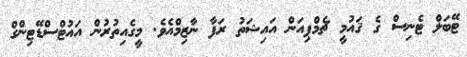
ޓޭބަލް ޓެނިސް ގެ ޤައުމީ ޗެމްޕިއަން އައިޝަތު ރަފާ ނާޒިމްއެވެ. މީގެއިތުރުން އައުޓްސްޑޭޓިންގް